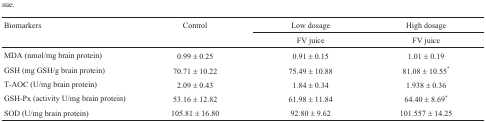
<table><thead><tr><td rowspan="2"><b>Biomarkers</b></td><td rowspan="2"><b>Control</b></td><td><b>Low dosage</b></td><td><b>High dosage</b></td></tr><tr><td><b>FV juice</b></td><td><b>FV juice</b></td></tr></thead><tbody><tr><td>MDA (nmol/mg brainprotein)</td><td>0.99 ± 0.25</td><td>0.91 ± 0.15</td><td>1.01 ± 0.19</td></tr><tr><td>GSH (mg GSH/g brainprotein)</td><td>70.71 ±10.22</td><td>75.49 ±10.88</td><td>81.08 ±10.55*</td></tr><tr><td>T-AOC (U/mg brainprotein)</td><td>2.09 ± 0.43</td><td>1.84 ± 0.34</td><td>1.938 ± 0.36</td></tr><tr><td>GSH-Px (activityU/mg brain protein)</td><td>53.16 ±12.82</td><td>61.98 ±11.84</td><td>64.40 ± 8.69*</td></tr><tr><td>SOD (U/mg brainprotein)</td><td>105.81 ±16.80</td><td>92.80 ± 9.62</td><td>101.557 ±14.25</td></tr></tbody></table>